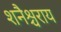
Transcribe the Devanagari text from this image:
शनैश्चराय